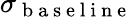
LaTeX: \sigma_{\mathrm{~b~a~s~e~l~i~n~e~}}